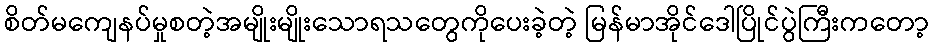
စိတ်မကျေနပ်မှုစတဲ့အမျိုးမျိုးသောရသတွေကိုပေးခဲ့တဲ့ မြန်မာအိုင်ဒေါပြိုင်ပွဲကြီးကတော့